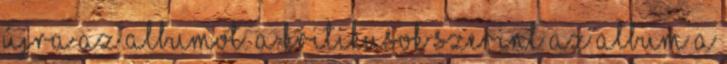
újra az albumot. A kritikusok szerint az album a